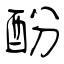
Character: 酚